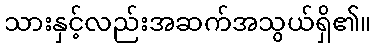
သားနှင့်လည်းအဆက်အသွယ်ရှိ၏။